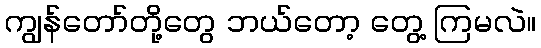
ကျွန်တော်တို့တွေ ဘယ်တော့ တွေ့ ကြမလဲ။